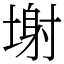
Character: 塮